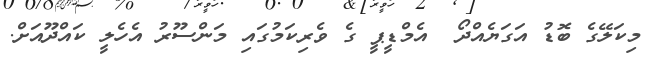
މިކަލޭގެ ބޮޑު އަގަޔެއްދޯ  އެމްޑީޕީ ގެ ވެރިކަމުގައި މަންސޫރު އެހެލީ ކައްދޫއަށް.